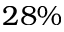
2 8 \%